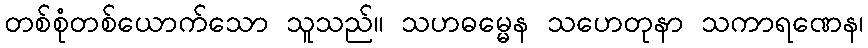
တစ်စုံတစ်ယောက်သော သူသည်။ သဟဓမ္မေန သဟေတုနာ သကာရဏေန၊